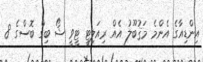
އިންޑިއާގެ އެންމެ މަޤުބޫލު އެއް ރިއަލިޓީ ޓީވީ ޝޯ ބިގް ބޮސްގެ 8